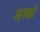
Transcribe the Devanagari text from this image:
अस्को